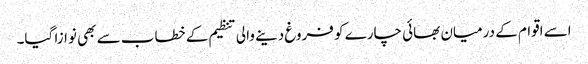
اسے اقوام کے درمیان بھائی چارے کو فروغ دینے والی تنظیم کے خطاب سے بھی نوازا گیا۔